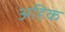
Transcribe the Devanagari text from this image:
अहिक